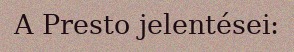
A Presto jelentései: